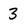
Character: 3